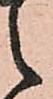
之